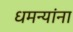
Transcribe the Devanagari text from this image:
धमन्यांना